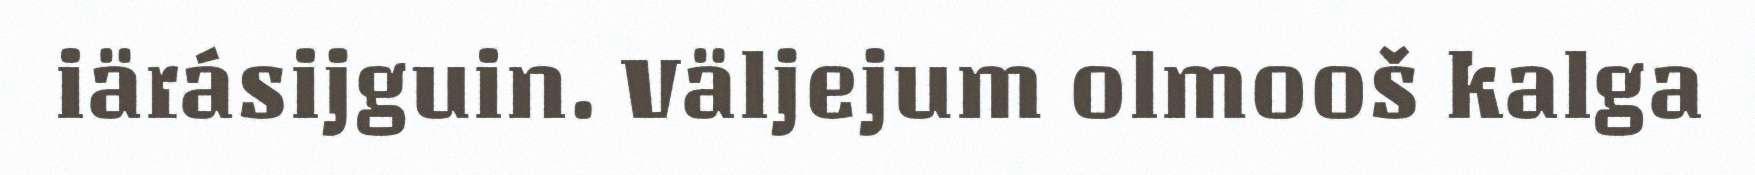
iärásijguin. Väljejum olmooš kalga